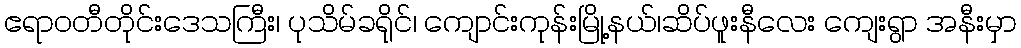
ဧရာဝတီတိုင်းဒေသကြီး၊ ပုသိမ်ခရိုင်၊ ကျောင်းကုန်းမြို့နယ်၊ဆိပ်ဖူးနီလေး ကျေးရွာ အနီးမှာ